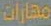
مهارات